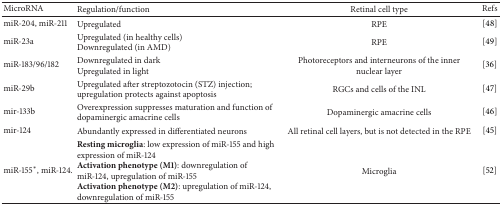
<table><thead><tr><td><b>MicroRNA</b></td><td><b>Regulation/function</b></td><td><b>Retinal cell type</b></td><td><b>Refs</b></td></tr></thead><tbody><tr><td>miR-204, miR-211</td><td>Upregulated</td><td>RPE</td><td>[48]</td></tr><tr><td>miR-23a</td><td>Upregulated (in healthy cells)Downregulated (in AMD)</td><td>RPE</td><td>[49]</td></tr><tr><td>miR-183/96/182</td><td>Downregulated in darkUpregulated in light</td><td>Photoreceptors and interneurons of the inner nuclear layer</td><td>[36]</td></tr><tr><td>miR-29b</td><td>Upregulated after streptozotocin (STZ) injection; upregulation protects against apoptosis</td><td>RGCs and cells of the INL</td><td>[47]</td></tr><tr><td>mir-133b</td><td>Overexpression suppresses maturation and function of dopaminergic amacrine cells</td><td>Dopaminergic amacrine cells</td><td>[46]</td></tr><tr><td>mir-124</td><td>Abundantly expressed in differentiated neurons</td><td>All retinal cell layers, but is not detected in the RPE</td><td>[45]</td></tr><tr><td>miR-155*, miR-124.</td><td><b>Resting microglia</b>: low expression of miR-155 and high expression of miR-124<b>Activation phenotype (M1)</b>: downregulation of miR-124, upregulation of miR-155<b>Activation phenotype (M2)</b>: upregulation of miR-124, downregulation of miR-155</td><td>Microglia </td><td>[52]</td></tr></tbody></table>